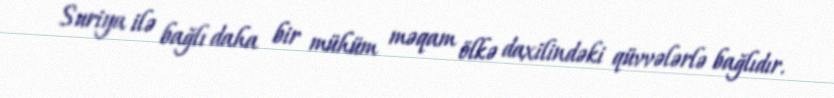
Suriya ilə bağlı daha bir mühüm məqam ölkə daxilindəki qüvvələrlə bağlıdır.